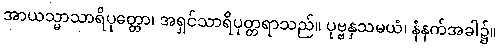
အာယသ္မာသာရိပုတ္တော၊ အရှင်သာရိပုတ္တရာသည်။ ပုဗ္ဗနှသမယံ၊ နံနက်အခါ၌။